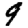
Digit: 9